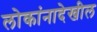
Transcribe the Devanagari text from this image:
लोकांनादेखील